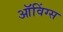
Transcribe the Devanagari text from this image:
ऑविंग्स